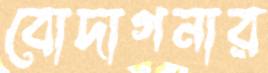
বোদাগনার